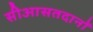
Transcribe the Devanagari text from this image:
सीआसतदानों